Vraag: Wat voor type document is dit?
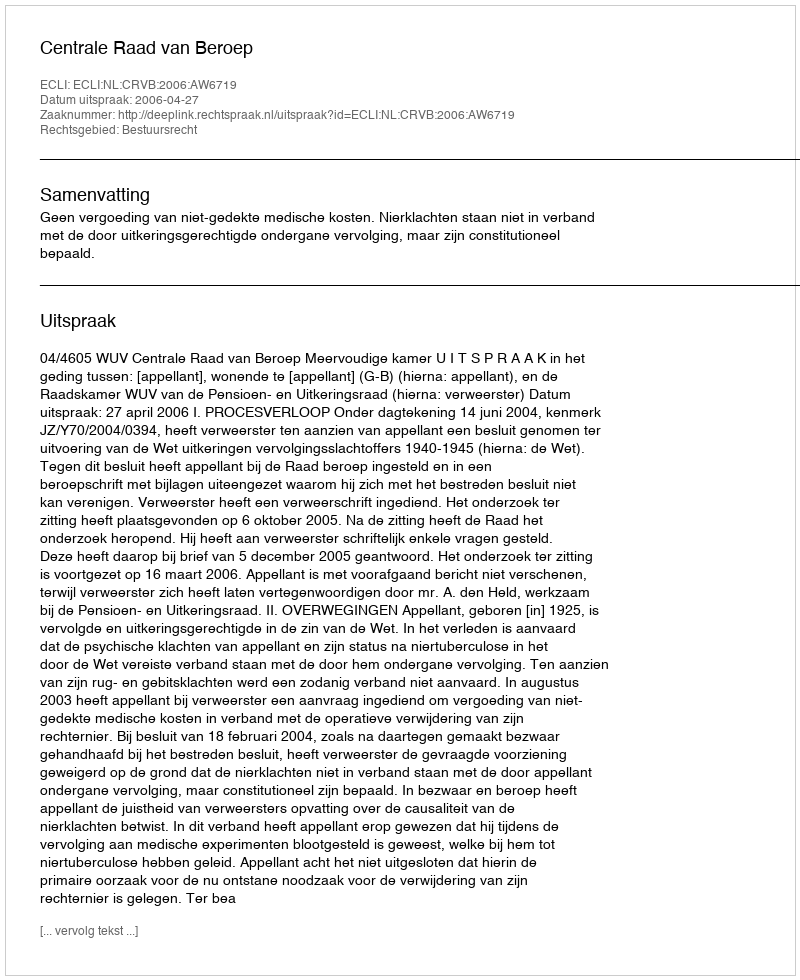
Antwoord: Uitspraak